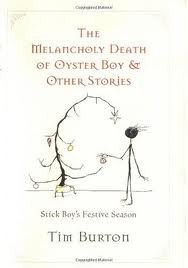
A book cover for Melancholy Death of Oyster Boy and Other Stories Publisher: It Books; Tim Burton; Humor & Entertainment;